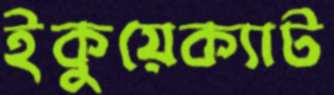
ইকুয়েক্যাট